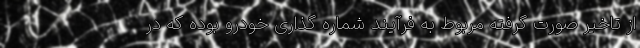
از تاخیر صورت گرفته مربوط به فرآیند شماره گذاری خودرو بوده که در